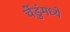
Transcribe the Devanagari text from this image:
चेंडुंमध्ये